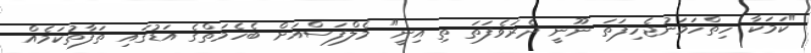
"ކަމަކާ ހިތްހަމަނުޖެހިފަތަ ނޫނީ ދެރަވެފަތަ ތި އިނީ" މެލްފަސްއަށް ބެހެމަތްގެ އަޑުގައި ތަފާތުކަމެއް